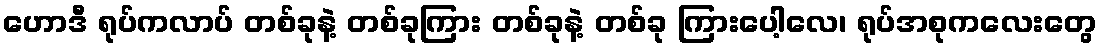
ဟောဒီ ရုပ်ကလာပ် တစ်ခုနဲ့ တစ်ခုကြား တစ်ခုနဲ့ တစ်ခု ကြားပေါ့လေ၊ ရုပ်အစုကလေးတွေ